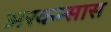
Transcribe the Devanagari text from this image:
अरकन्‍सास